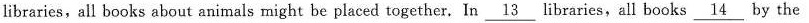
libraries,all books about animals might be placed together. In \underline{13} libraries,all books \underline{14} by the